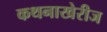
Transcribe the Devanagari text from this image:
कथनाखेरीज